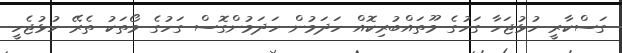
ގަސްކާރީ ހުޅުޖަހާ ގަހުގެ މޫތައްބުރިކޮއް ހަދަމުން ހަދަމުންގޮސް ގަހުގެ މޯތަކު ތެރޭ ހުޅުޖެހީ